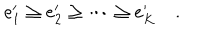
e _ { 1 } ^ { \prime } \ge e _ { 2 } ^ { \prime } \ge \cdots \ge e _ { K } ^ { \prime } \quad .